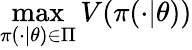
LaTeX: \operatorname*{max}_{\pi(\cdot|\theta)\in\Pi}V(\pi(\cdot|\theta))